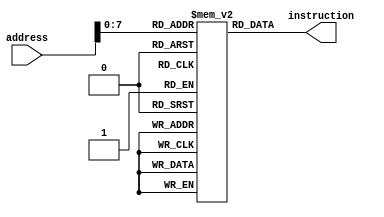
module instructionMemory(input [31:0] address, output [31:0] instruction);
    reg [31:0] imem [0:255];
    assign instruction = imem[address];
endmodule